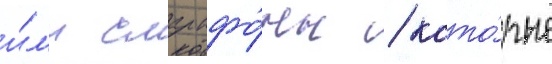
и́л'и смартфо́ны / кото́рые